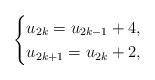
LaTeX: \begin{align*}\begin{cases}u_{2k}=u_{2k-1}+4,\\u_{2k+1}=u_{2k}+2,\\\end{cases}\end{align*}